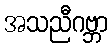
အသညီဂဗ္ဘာ